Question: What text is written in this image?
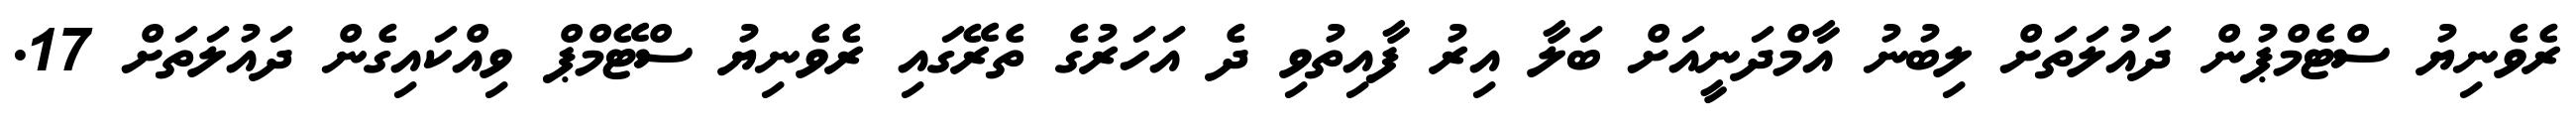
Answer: ރެވެނިޔު ސްޓެމްޕުން ދައުލަތަށް ލިބުނު އާމްދަނީއަށް ބަލާ އިރު ފާއިތުވި ދެ އަހަރުގެ ތެރޭގައި ރެވެނިޔު ސްޓޭމްޕް ވިއްކައިގެން ދައުލަތަށް 17.